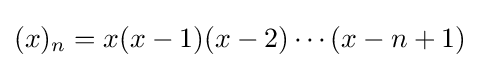
(x)_{n}=x(x-1)(x-2)\cdots (x-n+1)